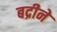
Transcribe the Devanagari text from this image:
बद्रीने